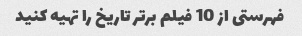
فهرستی از 10 فیلم برتر تاریخ را تهیه کنید